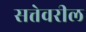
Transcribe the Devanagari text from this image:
सत्तेवरील